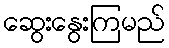
ဆွေးနွေးကြမည်